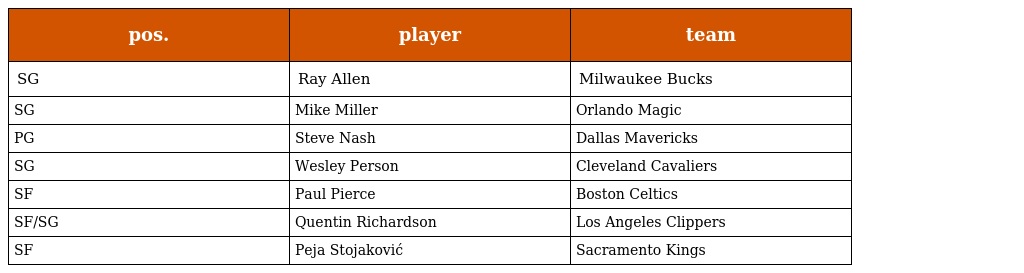
| pos. | player | team |
 | --- | --- | --- |
 | SG | Ray Allen | Milwaukee Bucks |
 | SG | Mike Miller | Orlando Magic |
 | PG | Steve Nash | Dallas Mavericks |
 | SG | Wesley Person | Cleveland Cavaliers |
 | SF | Paul Pierce | Boston Celtics |
 | SF/SG | Quentin Richardson | Los Angeles Clippers |
 | SF | Peja Stojaković | Sacramento Kings |